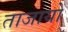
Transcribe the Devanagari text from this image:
ताजायों